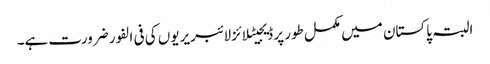
البتہ پاکستان میں مکمل طور پر ڈیجیٹلائزلائبریریوں کی فی الفور ضرورت ہے۔